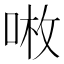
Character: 𠶣